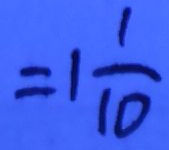
= 1 \frac { 1 } { 1 0 }